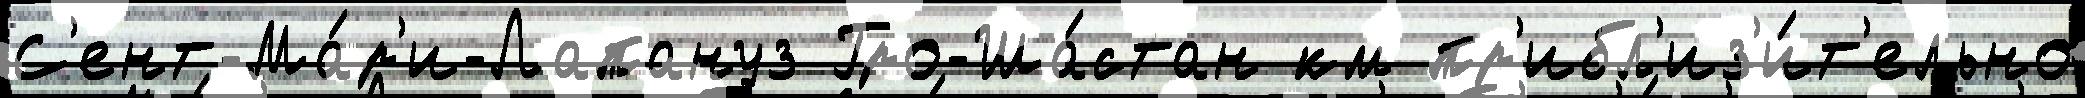
С'ент-Ма́р'и-Лапануз Гро-Ша́стан км пр'ибл'из'и́т'ельно